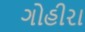
ગોહીરા